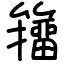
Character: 籒